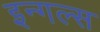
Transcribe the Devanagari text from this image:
इन्गल्स